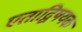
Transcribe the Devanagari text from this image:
एताद्विषयक